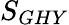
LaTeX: S_{GHY}